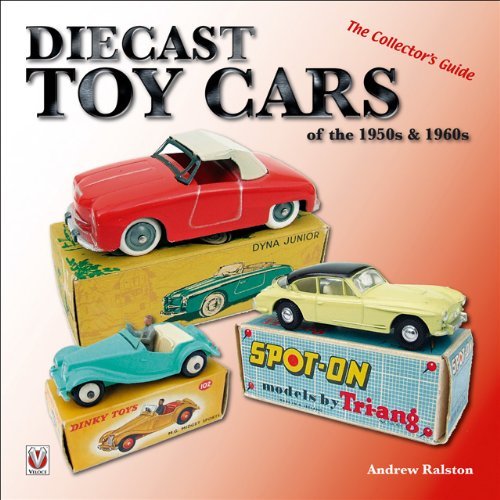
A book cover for Diecast Toy Cars of the 1950s and 1960s: The Collector's Guide (General: Diecast Toy Cars) by Andrew Ralston (Illustrated, 28 May 2009) Paperback; Andrew Ralston; Crafts, Hobbies & Home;